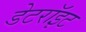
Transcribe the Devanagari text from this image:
डेटरॉइट